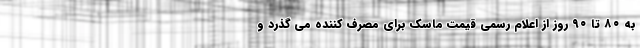
به ۸۰ تا ۹۰ روز از اعلام رسمی قیمت ماسک برای مصرف کننده می گذرد و